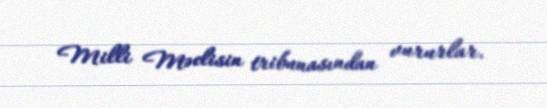
Milli Məclisin tribunasından vururlar.